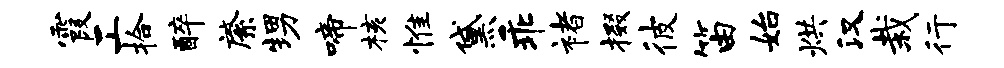
霞工拾醉綮甥啼核惟黛乖褚掇彼笛始烘汉栽行